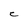
Character: C